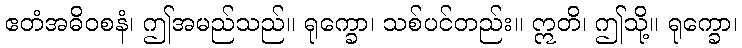
ဧတံအဓိဝစနံ၊ ဤအမည်သည်။ ရုက္ခော၊ သစ်ပင်တည်း။ ဣတိ၊ ဤသို့။ ရုက္ခော၊